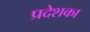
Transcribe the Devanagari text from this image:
प्रदेशका